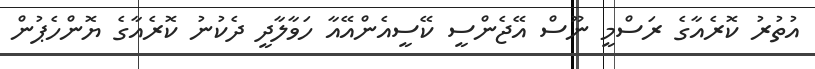
އުތުރު ކޮރެއާގެ ރަސްމީ ނޫސް އޭޖެންސީ ކޭސީއެންއޭއާ ހަވާލާދީ ދެކުނު ކޮރެއާގެ ޔޮންހެޕުން